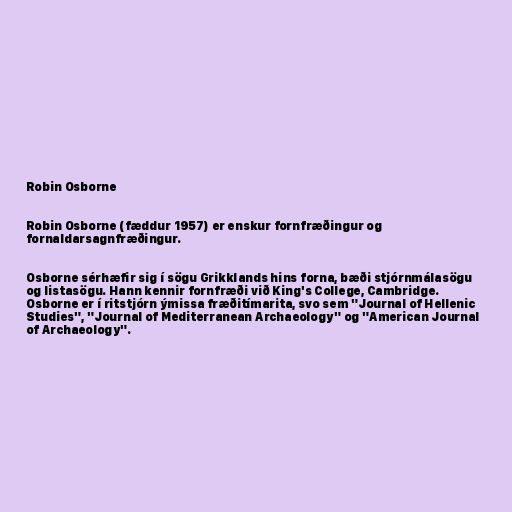
Robin Osborne

Robin Osborne (fæddur 1957) er enskur fornfræðingur og
fornaldarsagnfræðingur.

Osborne sérhæfir sig í sögu Grikklands hins forna, bæði stjórnmálasögu
og listasögu. Hann kennir fornfræði við King's College, Cambridge.
Osborne er í ritstjórn ýmissa fræðitímarita, svo sem "Journal of Hellenic
Studies", "Journal of Mediterranean Archaeology" og "American Journal
of Archaeology".